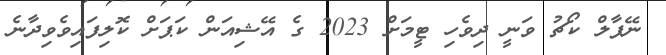
ނޭޕާލް ކޯޗު ވަނީ ދިވެހި ޓީމަށް 2023 ގެ އޭޝިއަން ކަޕަށް ކޮލިފައިވެވިދާނެ